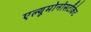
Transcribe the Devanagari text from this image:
एल्यूमोनोसटीकेट